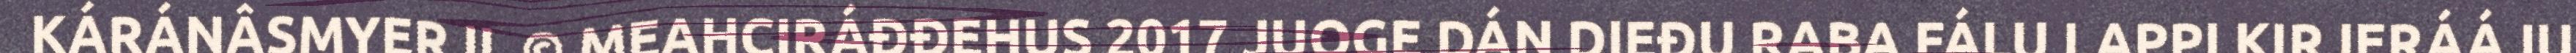
KÁRÁNÂSMYERJI. © MEAHCIRÁĐĐEHUS 2017 JUOGE DÁN DIEĐU RABA FÁLU LAPPI KIRJERÁÁJU